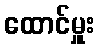
ထောင်မှူး